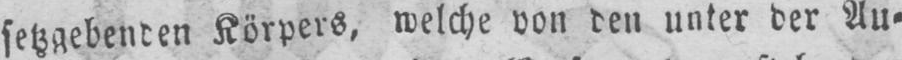
Körpers, welche von den unter der Au⸗